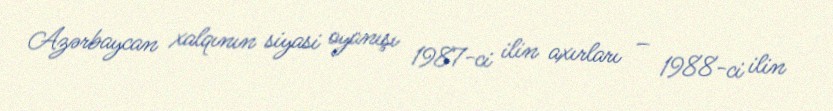
Azərbaycan xalqının siyasi oyanışı 1987-ci ilin axırları – 1988-ci ilin